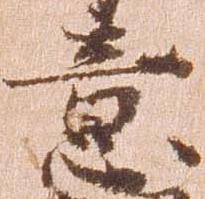
意